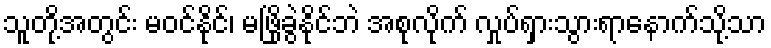
သူတို့အတွင်း မဝင်နိုင်၊ မဖြိုခွဲနိုင်ဘဲ အစုလိုက် လှုပ်ရှားသွားရာနောက်သို့သာ